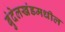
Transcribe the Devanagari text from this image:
बुंदेलखंडमधील